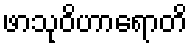
ဖာသုဝိဟာရောတိ